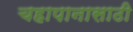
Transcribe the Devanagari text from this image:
चहापानासाठी